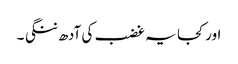
اور کجا یہ غضب کی آدھ ننگی ۔